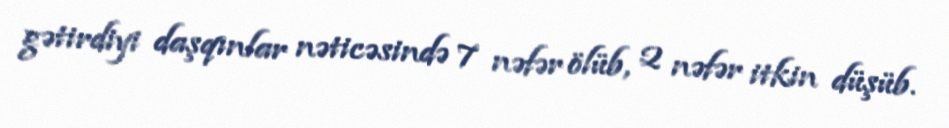
gətirdiyi daşqınlar nəticəsində 7 nəfər ölüb, 2 nəfər itkin düşüb.